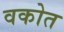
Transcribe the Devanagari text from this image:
वकोत